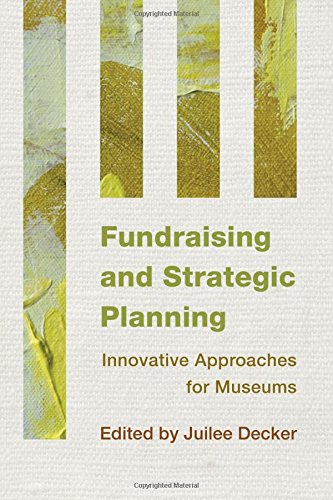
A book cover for Fundraising and Strategic Planning: Innovative Approaches for Museums; Business & Money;